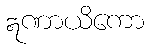
ဣဏာယိကော